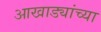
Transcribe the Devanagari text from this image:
आखाड्यांच्या